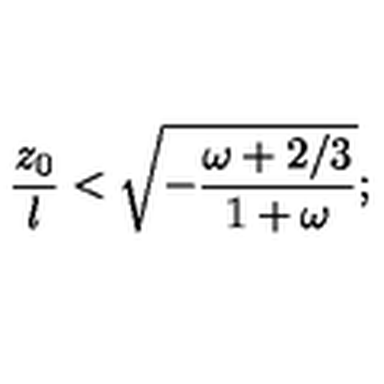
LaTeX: { \frac { z _ { 0 } } { l } } < \sqrt { - { \frac { \omega + 2 / 3 } { 1 + \omega } } } ;